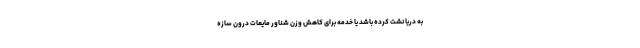
به دریا نشت کرده باشد یا خدمه برای کاهش وزن شناور مایعات درون سازه